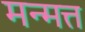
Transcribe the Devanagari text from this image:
मन्मत्त